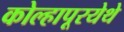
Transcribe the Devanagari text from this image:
कोल्हापूरयेथे